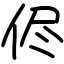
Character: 侭